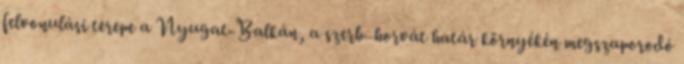
felvonulási terepe a Nyugat-Balkán, a szerb–horvát határ környékén megszaporodó